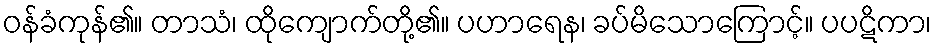
ဝန်ခံကုန်၏။ တာသံ၊ ထိုကျောက်တို့၏။ ပဟာရေန၊ ခပ်မိသောကြောင့်။ ပပဋိကာ၊